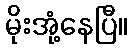
မိုးအုံ့နေပြီ။